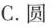
C.圆